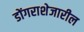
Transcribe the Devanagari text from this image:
डोंगराशेजारील